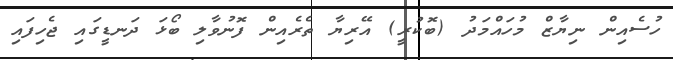
ހުސެއިން ނިޔާޒް މުހައްމަދު (ބޮކުރީ) އޭރިޔާ ތެރެއިން ފޮނުވާލި ބޯޅަ ދަނޑީގައި ޖެހިފައި